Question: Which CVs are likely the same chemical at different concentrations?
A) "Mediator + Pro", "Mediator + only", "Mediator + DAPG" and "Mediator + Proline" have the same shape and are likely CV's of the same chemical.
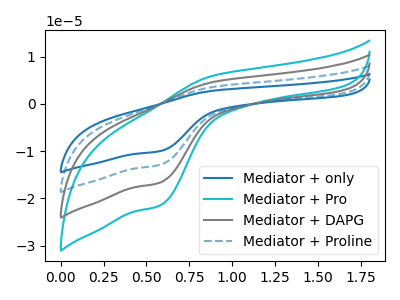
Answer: <think>The blue curve "Mediator + only" has an anodic peak at (0.90V, 13.75uA) and a cathodic peak at (0.60V, -50.05uA). The cyan curve "Mediator + Pro" has an anodic peak at (0.90V, 5.90uA) and a cathodic peak at (0.60V, -21.55uA). The gray curve "Mediator + DAPG" has an anodic peak at (0.90V, 4.60uA) and a cathodic peak at (0.60V, -16.70uA). The blue dashed curve "Mediator + Proline" has an anodic peak at (0.90V, 9.15uA) and a cathodic peak at (0.60V, -33.40uA).
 All the peaks in "Mediator + only" have a peak in "Mediator + Pro" at the same potential. Every peak in "Mediator + only" is higher than every peak in "Mediator + Pro". All the peaks in "Mediator + only" have a peak in "Mediator + DAPG" at the same potential. Every peak in "Mediator + only" is higher than every peak in "Mediator + DAPG". All the peaks in "Mediator + only" have a peak in "Mediator + Proline" at the same potential. Every peak in "Mediator + only" is higher than every peak in "Mediator + Proline". All the peaks in "Mediator + Pro" have a peak in "Mediator + DAPG" at the same potential. Every peak in "Mediator + Pro" is higher than every peak in "Mediator + DAPG". All the peaks in "Mediator + Pro" have a peak in "Mediator + Proline" at the same potential. Every peak in "Mediator + Pro" is lower than every peak in "Mediator + Proline". All the peaks in "Mediator + DAPG" have a peak in "Mediator + Proline" at the same potential. Every peak in "Mediator + DAPG" is lower than every peak in "Mediator + Proline".</think>
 <answer>A) "Mediator + Pro", "Mediator + only", "Mediator + DAPG" and "Mediator + Proline" have the same shape and are likely CV's of the same chemical.</answer>
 <eval>A</eval>